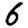
Digit: 6